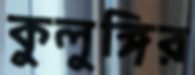
কুলুঙ্গির